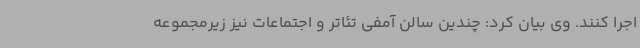
اجرا کنند. وی بیان کرد: چندین سالن آمفی تئاتر و اجتماعات نیز زیرمجموعه